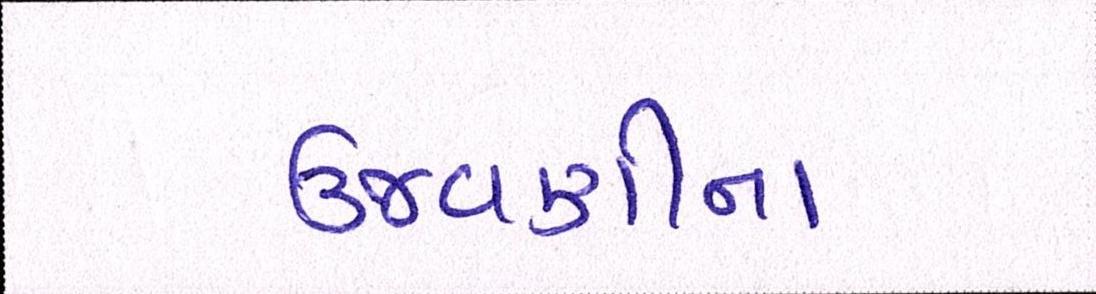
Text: ઉજવણીના